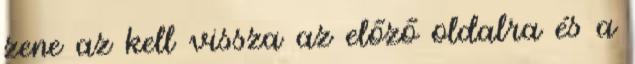
zene az kell vissza az előző oldalra és a